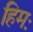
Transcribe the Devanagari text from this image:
हिमः